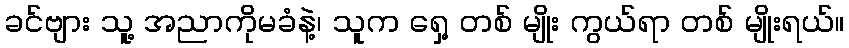
ခင်ဗျား သူ့ အညာကိုမခံနဲ့၊ သူက ရှေ့ တစ် မျိုး ကွယ်ရာ တစ် မျိုးရယ်။